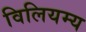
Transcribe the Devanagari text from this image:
विलियम्य